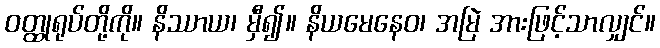
ဝတ္ထုရုပ်တို့ကို။ နိဿာယ၊ မှီ၍။ နိယမေနေဝ၊ အမြဲ အားဖြင့်သာလျှင်။